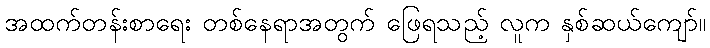
အထက်တန်းစာရေး တစ်နေရာအတွက် ဖြေရသည့် လူက နှစ်ဆယ်ကျော်။